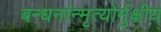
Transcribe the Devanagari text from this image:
बन्धनांन्मृत्योर्मुक्षीय